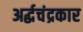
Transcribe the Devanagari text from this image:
अर्द्धचंद्रकार